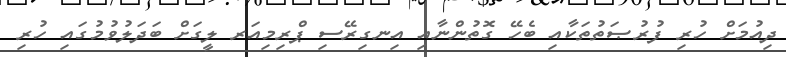
ދިއުމަށް ހުރި ފުރުޞަތުތަކާއި ބެހޭ ގޮތުންނާއި އިނގިރޭސި ޕްރިމިއަރ ލީގަށް ބަދަލުވުމުގައި ހުރި